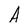
Character: A